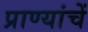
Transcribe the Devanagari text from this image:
प्राण्यांचें